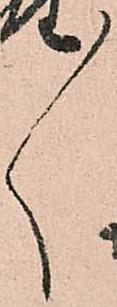
々